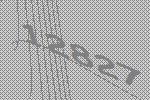
12827